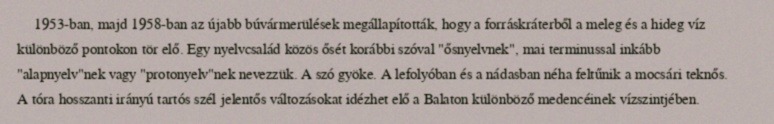
1953-ban, majd 1958-ban az újabb búvármerülések megállapították, hogy a forráskráterből a meleg és a hideg víz különböző pontokon tör elő. Egy nyelvcsalád közös ősét korábbi szóval "ősnyelvnek", mai terminussal inkább "alapnyelv"nek vagy "protonyelv"nek nevezzük. A szó gyöke. A lefolyóban és a nádasban néha feltűnik a mocsári teknős. A tóra hosszanti irányú tartós szél jelentős változásokat idézhet elő a Balaton különböző medencéinek vízszintjében.